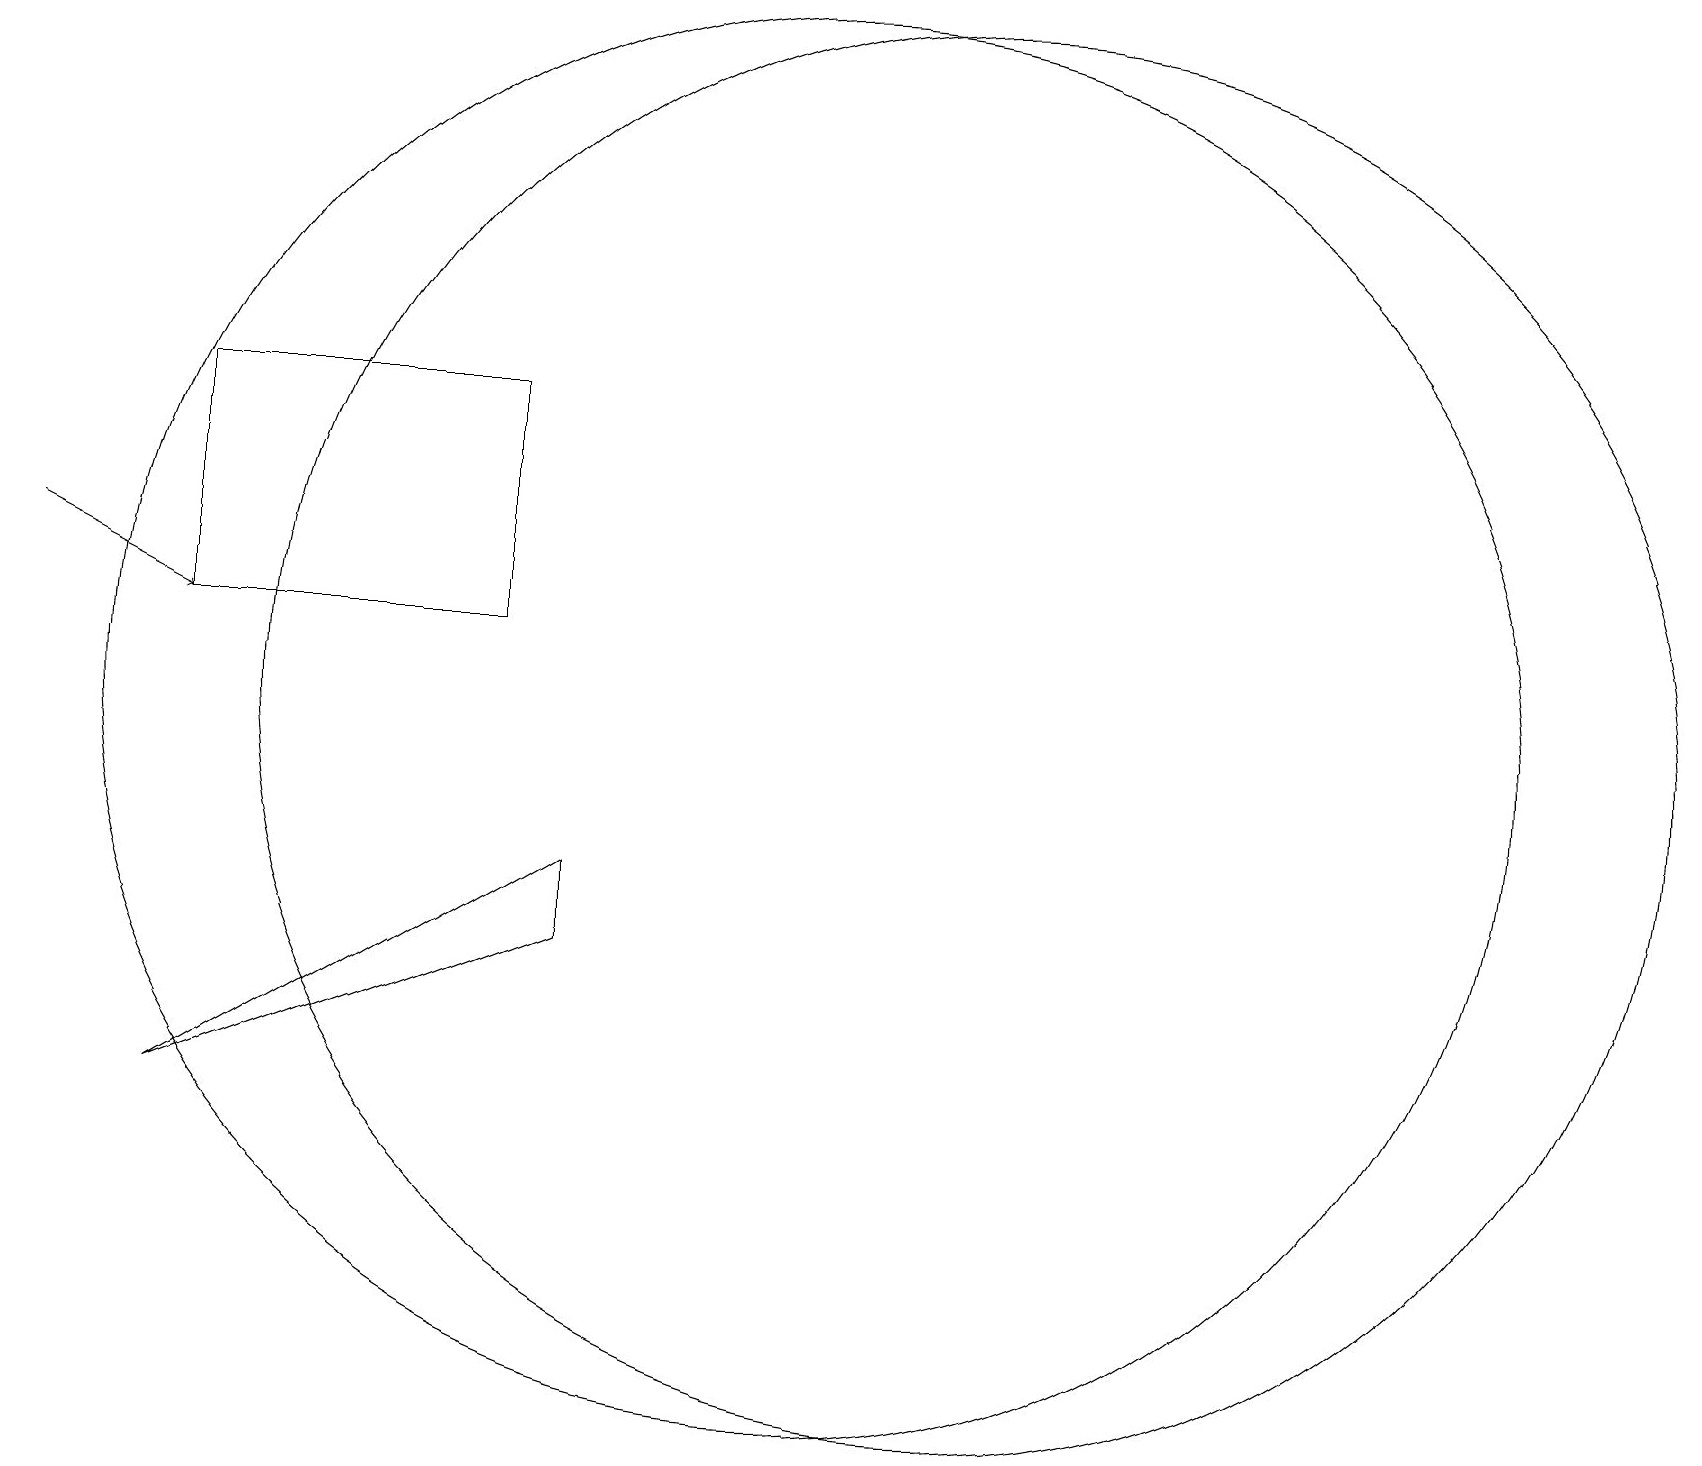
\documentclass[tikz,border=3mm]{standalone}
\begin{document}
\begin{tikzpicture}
\draw (6,15) rectangle (2,12);
\draw (10,11) circle (9);
\draw (12,11) circle (9);
\draw[->] (0,13) -- (2,12);
\draw (2,6) -- (7,9) -- (7,8) -- cycle;
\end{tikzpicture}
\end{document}